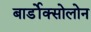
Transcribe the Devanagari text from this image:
बार्डोक्सोलोन